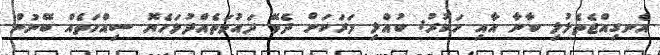
އެނގިއްޖެތެލުލި ކާނާ އާއި ހަކުރު: ކުއްލި މަރަކަށް ދެވޭ ދައުވަތެއްދުޅަހެޔޮ ސިއްހަތެއް ބޭނުން